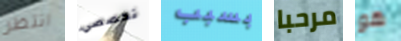
انتظر تخصصي بسبب مرحبا هو